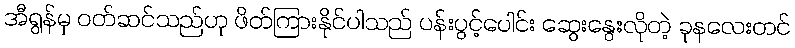
အီရွန်မှ ဝတ်ဆင်သည်ဟု ဖိတ်ကြားနိုင်ပါသည် ပန်းပွင့်ပေါင်း ဆွေးနွေးလိုတဲ့ ခုနလေးတင်